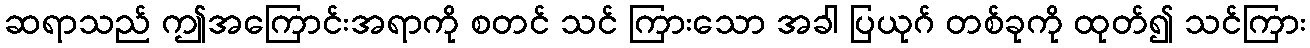
ဆရာသည် ဤအကြောင်းအရာကို စတင် သင် ကြားသော အခါ ပြယုဂ် တစ်ခုကို ထုတ်၍ သင်ကြား